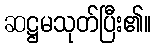
ဆဋ္ဌမသုတ်ပြီး၏။